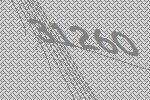
31260